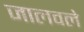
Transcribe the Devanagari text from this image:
जालवले